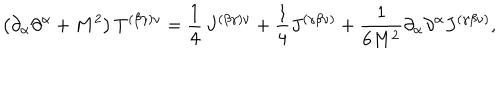
\left( \partial _ { \alpha } \partial ^ { \alpha } + M ^ { 2 } \right) T ^ { ( \beta \gamma ) \nu } = \frac { 1 } { 4 } \, J ^ { ( \beta \gamma ) \nu } + \frac { 1 } { 4 } J ^ { ( \gamma \beta \nu ) } + \frac { 1 } { 6 M ^ { 2 } } \partial _ { \alpha } \partial ^ { \alpha } J ^ { \left( \gamma \beta \nu \right) } ,